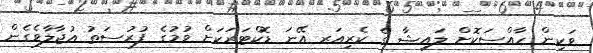
ވަކިން ހާއްސަކޮށް ލައިޝާ ގެ ކެރިއަރ އޭނަ ޑޮކްޓަރަކަށް ވުމުގެ ފުރުސަތު އުޖާލާވެގެން